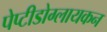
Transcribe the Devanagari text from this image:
पेप्टीडोग्लायकन